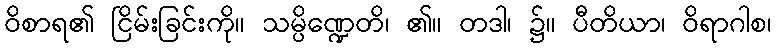
ဝိစာရ၏ ငြိမ်းခြင်းကို။ သမ္ပိဏ္ဍေတိ၊ ၏။ တဒါ၊ ၌။ ပီတိယာ၊ ဝိရာဂါစ၊